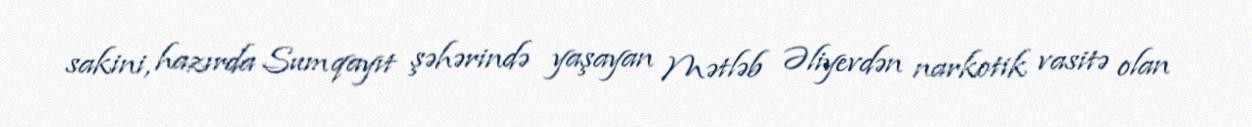
sakini, hazırda Sumqayıt şəhərində yaşayan Mətləb Əliyevdən narkotik vasitə olan